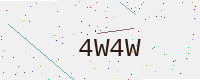
Text: 4W4W